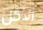
الأكل